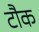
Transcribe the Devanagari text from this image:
टौक